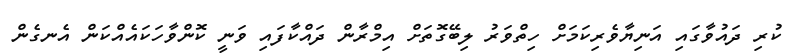
ކުރި ދައުވާގައި އަނިޔާވެރިކަމަށް ހިތްވަރު ލިބޭގޮތަށް އިމްރާން ދައްކާފައި ވަނީ ކޮންވާހަކައެއްކަން އެނގެން